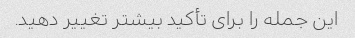
این جمله را برای تأکید بیشتر تغییر دهید.